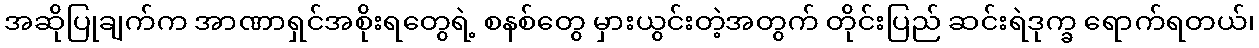
အဆိုပြုချက်က အာဏာရှင်အစိုးရတွေရဲ့ စနစ်တွေ မှားယွင်းတဲ့အတွက် တိုင်းပြည် ဆင်းရဲဒုက္ခ ရောက်ရတယ်၊